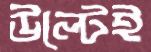
উল্টেই